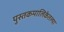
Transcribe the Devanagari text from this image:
पुस्तकमालिकेतल्या